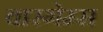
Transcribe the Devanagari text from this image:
वारगेम्स